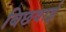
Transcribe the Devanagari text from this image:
बिछवाई